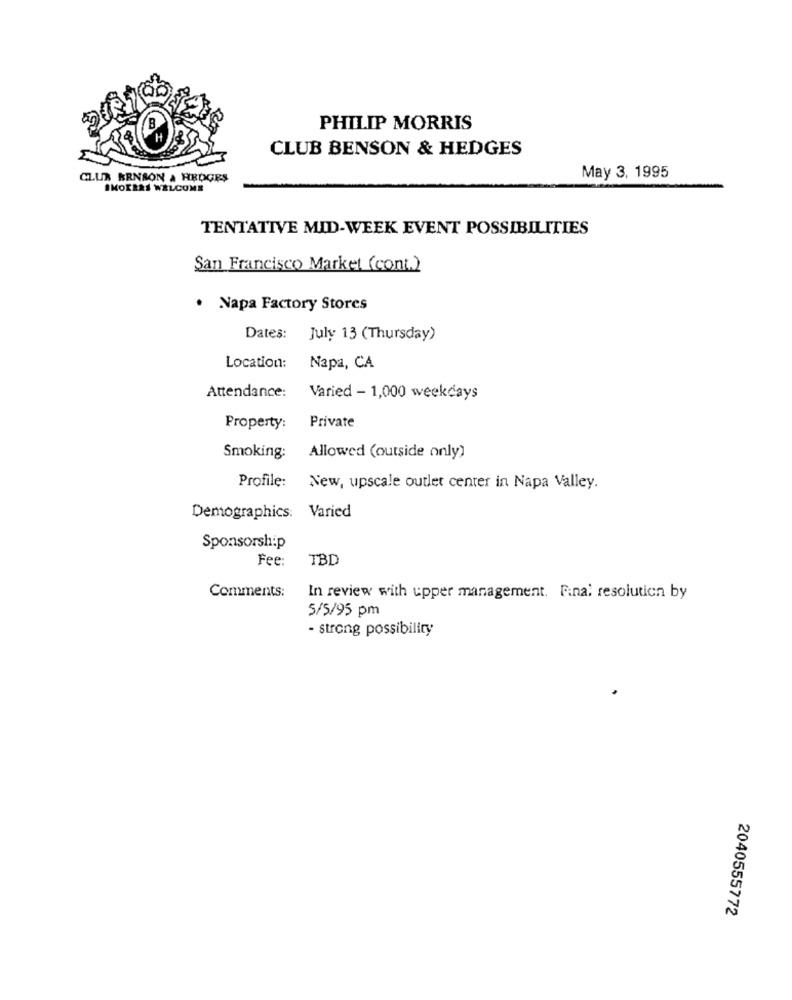
B
PHILIP MORRIS
CLUB BENSON & HEDGES
CLUB BENSON & HEDGES
May 3, 1995
SMOERAS WELCOME
TENTATIVE MID-WEEK EVENT POSSIBILITIES
San Francisco Market (cont.)
. Napa Factory Stores
Dates: July 13 (Thursday)
Location:
Napa, CA
Attendance:
Varied - 1,000 weekdays
Private
Property:
Smoking:
Allowed (outside only)
Profile:
New, upscale outlet center in Napa Valley.
Demographics: Varied
Sponsorship
Fee:
TBD
Comments:
In review with upper management. Final resolution by
5/5/95 pm
- strong possibility
2040555772